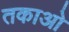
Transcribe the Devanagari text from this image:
तकाओ